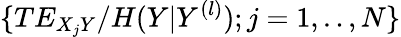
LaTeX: \{ TE_{X_{j}Y}/H(Y|Y^{(l)});j=1,..,N\}